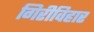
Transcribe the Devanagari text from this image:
गिरीविहार